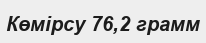
Көмірсу 76,2 грамм